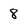
Character: 8